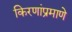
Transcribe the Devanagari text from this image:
किरणांप्रमाणे